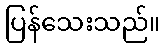
ပြန်သေးသည်။